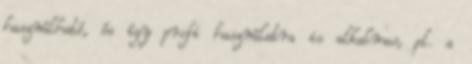
használható, és így profi használatra is alkalmas, pl. a